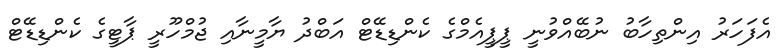
އެފަހަރު އިންތިހާބު ނުބޭއްވުނީ ޕީޕީއެމްގެ ކެންޑިޑޭޓް އަބްދު ޔާމީނާއި ޖުމްހޫރީ ޕާޓީގެ ކެންޑިޑޭޓް